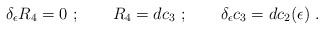
\begin{align*}\delta_\epsilon R_4= 0\ ;\qquad R_4=dc_3\ ; \qquad \delta_\epsilon c_3=d c_2(\epsilon)\ .\end{align*}